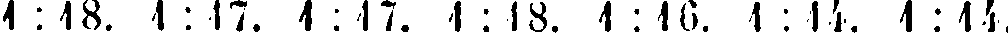
4:48. 1 : 17. 1:17. 1 : 18. 1:16. 1:14. 1:14.